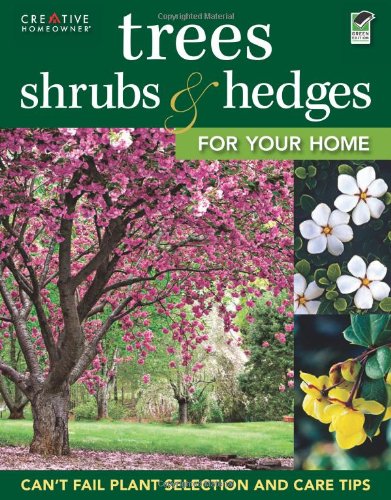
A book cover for Trees, Shrubs & Hedges for Your Home: Secrets for Selection and Care (Landscaping); Editors of Creative Homeowner; Crafts, Hobbies & Home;